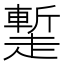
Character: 䟅